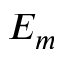
E _ { m }